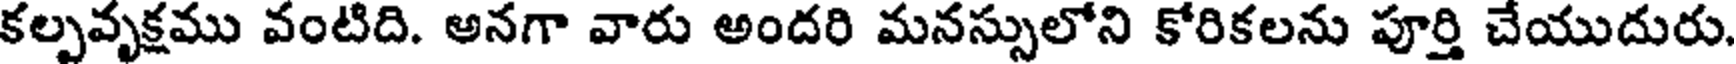
కల్పవృక్షము వంటిది. అనగా వారు అందరి మనస్సులోని కోరికలను పూర్తి చేయుదురు